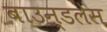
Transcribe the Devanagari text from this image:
बाउन्डलेस